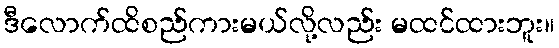
ဒီလောက်ထိစည်ကားမယ်လို့လည်း မထင်ထားဘူး။